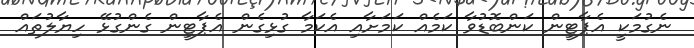
ނެގުމަކީ އެޕާޓީން ކަންބޮޑުވާ ކަމެއް ކަމަށާއި އެކަމާ ގުޅިގެން އެޕާޓީން ގެންގުޅޭ ހިޔާލުތައް